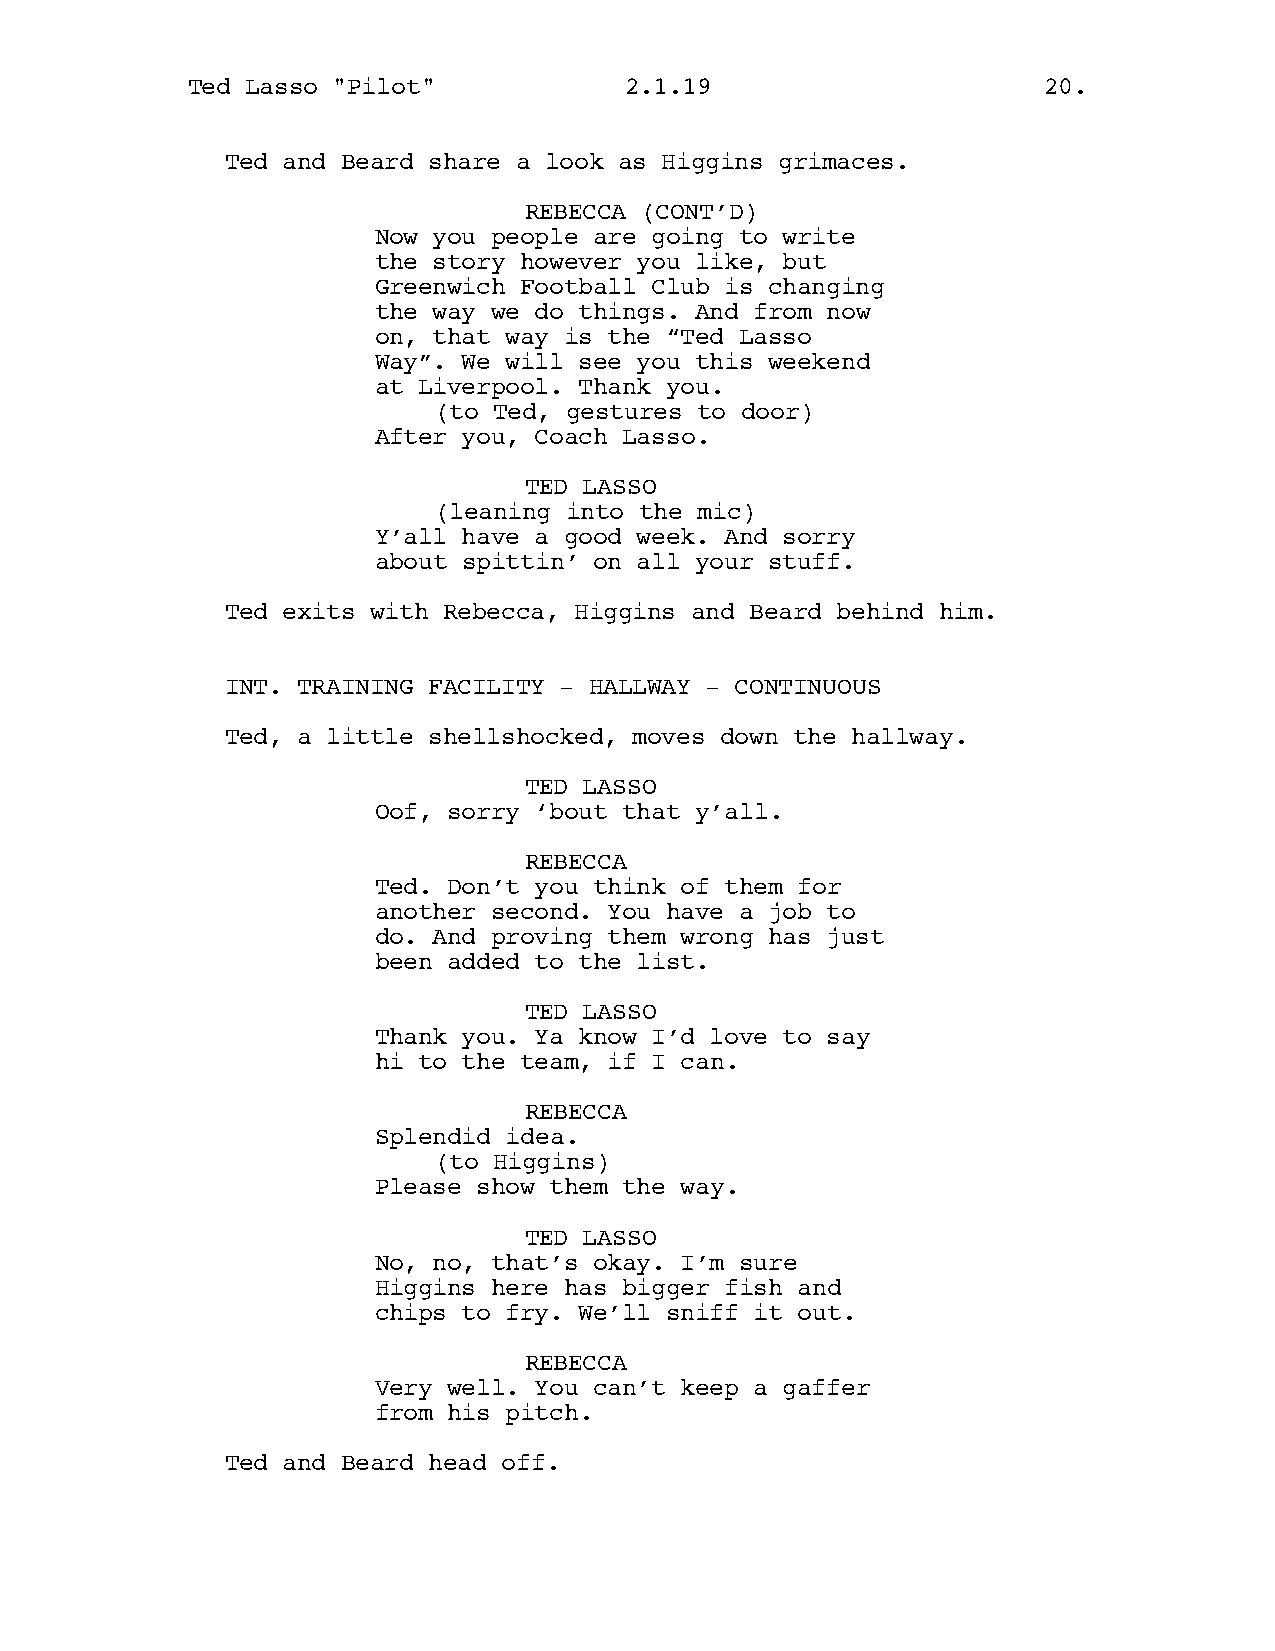
Ted Lasso "Pilot"            2.1.19                      20.
 Ted and Beard share a look as Higgins grimaces.
 REBECCA (CONT’D)
 Now you people are going to write
 the story however you like, but
 Greenwich Football Club is changing
 the way we do things. And from now
 on, that way is the “Ted Lasso
 Way”. We will see you this weekend
 at Liverpool. Thank you.
 (to Ted, gestures to door)
 After you, Coach Lasso.
 TED LASSO
 (leaning into the mic)
 Y’all have a good week. And sorry
 about spittin’ on all your stuff.
 Ted exits with Rebecca, Higgins and Beard behind him.
 INT. TRAINING FACILITY - HALLWAY - CONTINUOUS
 Ted, a little shellshocked, moves down the hallway.
 TED LASSO
 Oof, sorry ‘bout that y’all.
 REBECCA
 Ted. Don’t you think of them for
 another second. You have a job to
 do. And proving them wrong has just
 been added to the list.
 TED LASSO
 Thank you. Ya know I’d love to say
 hi to the team, if I can.
 REBECCA
 Splendid idea.
 (to Higgins)
 Please show them the way.
 TED LASSO
 No, no, that’s okay. I’m sure
 Higgins here has bigger fish and
 chips to fry. We’ll sniff it out.
 REBECCA
 Very well. You can’t keep a gaffer
 from his pitch.
 Ted and Beard head off.